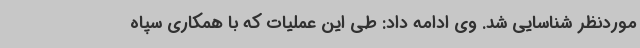
موردنظر شناسایی شد. وی ادامه داد: طی این عملیات که با همکاری سپاه